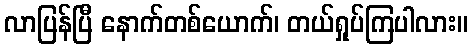
လာပြန်ပြီ နောက်တစ်ယောက်၊ တယ်ရှုပ်ကြပါလား။